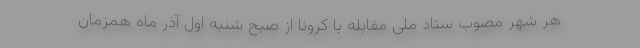
هر شهر مصوب ستاد ملی مقابله با کرونا از صبح شنبه اول آذر ماه همزمان